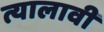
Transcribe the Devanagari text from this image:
त्यालावी